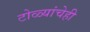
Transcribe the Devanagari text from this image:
टोळ्यांचेही